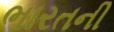
ભારતની